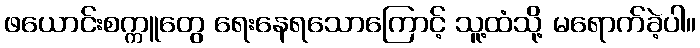
ဖယောင်းစက္ကူတွေ ရေးနေရသောကြောင့် သူ့ထံသို့ မရောက်ခဲ့ပါ။